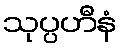
သုပ္ပဟီနံ